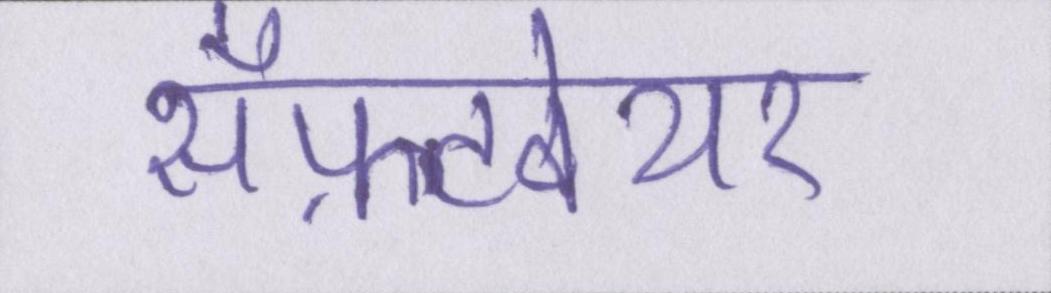
सॉफ़्टवेयर